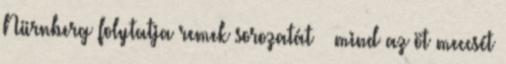
Nürnberg folytatja remek sorozatát – mind az öt meccsét